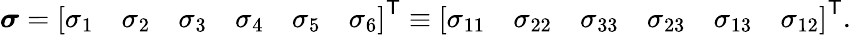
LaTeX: {\boldsymbol{\sigma}}={\left[\begin{array}{llllll}{\sigma_{1}}&{\sigma_{2}}&{\sigma_{3}}&{\sigma_{4}}&{\sigma_{5}}&{\sigma_{6}}\end{array}\right]}^{\textsf{T}}\equiv{\left[\begin{array}{llllll}{\sigma_{11}}&{\sigma_{22}}&{\sigma_{33}}&{\sigma_{23}}&{\sigma_{13}}&{\sigma_{12}}\end{array}\right]}^{\textsf{T}}.